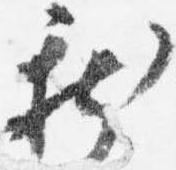
新